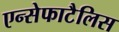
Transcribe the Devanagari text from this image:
एन्सेफाटैलिस